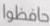
حافظوا